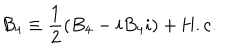
LaTeX: { \cal B } _ { 4 } \equiv \frac { 1 } { 2 } ( B _ { 4 } - i B _ { 4 } i ) + \mathrm { H . c . }